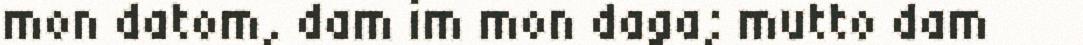
mon datom, dam im mon daga; mutto dam